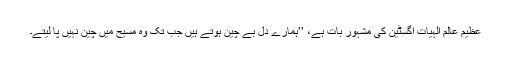
عظیم عالم الہیٰات آگسٹین کی مشہور بات ہے، ’’ہمارے دِل بے چین ہوتے ہیں جب تک وہ مسیح میں چین نہیں پا لیتے۔